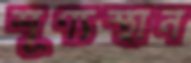
শূণ্যস্থান